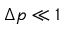
\Delta p \ll 1